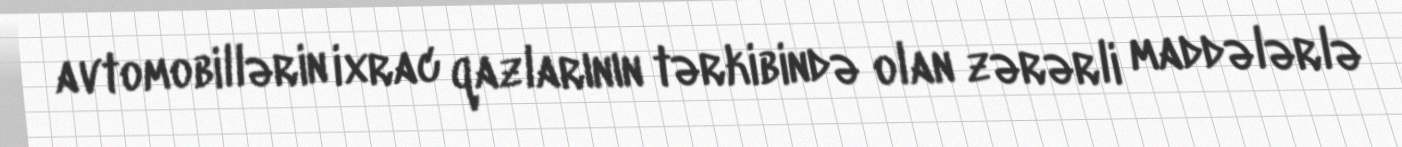
avtomobillərin ixrac qazlarının tərkibində olan zərərli maddələrlə